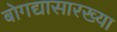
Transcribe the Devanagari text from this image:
बोगद्यासारख्या